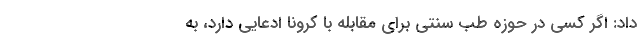
داد: اگر کسی در حوزه طب سنتی برای مقابله با کرونا ادعایی دارد، به